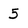
Character: 5